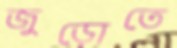
জুড়োতে